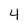
Character: 4